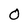
Character: 0